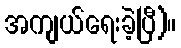
အကျယ်ရေးခဲ့ပြီ)။